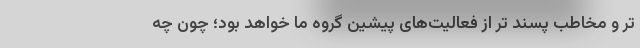
تر و مخاطب پسند تر از فعالیت‌های پیشین گروه ما خواهد بود؛ چون چه